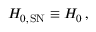
H _ { 0 , \, \mathrm { S N } } \equiv H _ { 0 } \, ,